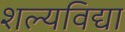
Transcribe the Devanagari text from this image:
शल्यविद्या